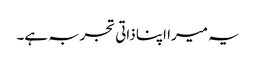
یہ میرا اپنا ذاتی تجربہ ہے۔